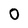
Character: O